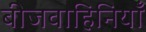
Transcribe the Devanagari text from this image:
बीजवाहिनियाँ